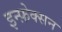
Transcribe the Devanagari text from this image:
इन्फ़ेक्सन